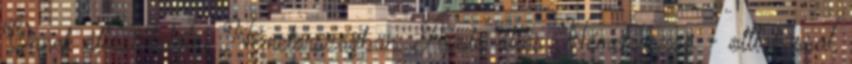
Önnek állást találni Németországban: Ápoló állás Németország - ottlakással,